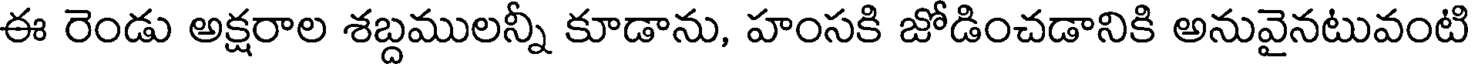
ఈ రెండు అక్షరాల శబ్దములన్నీ కూడాను, హంసకి జోడించడానికి అనువైనటువంటి